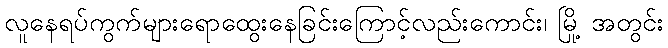
လူနေရပ်ကွက်များရောထွေးနေခြင်းကြောင့်လည်းကောင်း၊ မြို့ အတွင်း